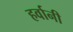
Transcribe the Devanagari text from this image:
हर्वानी